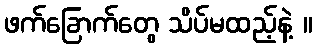
ဖက်ခြောက်တွေ သိပ်မထည့်နဲ့ ။